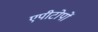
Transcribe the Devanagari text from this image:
एपीटोपों